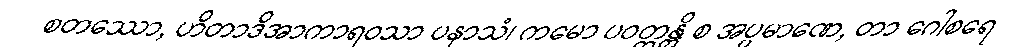
စတဿော, ဟိတာဒိအာကာရဝသာ ပနာသံ၊ ကမော ပဝတ္တန္တိ စ အပ္ပမာဏေ, တာ ဂေါစရေ